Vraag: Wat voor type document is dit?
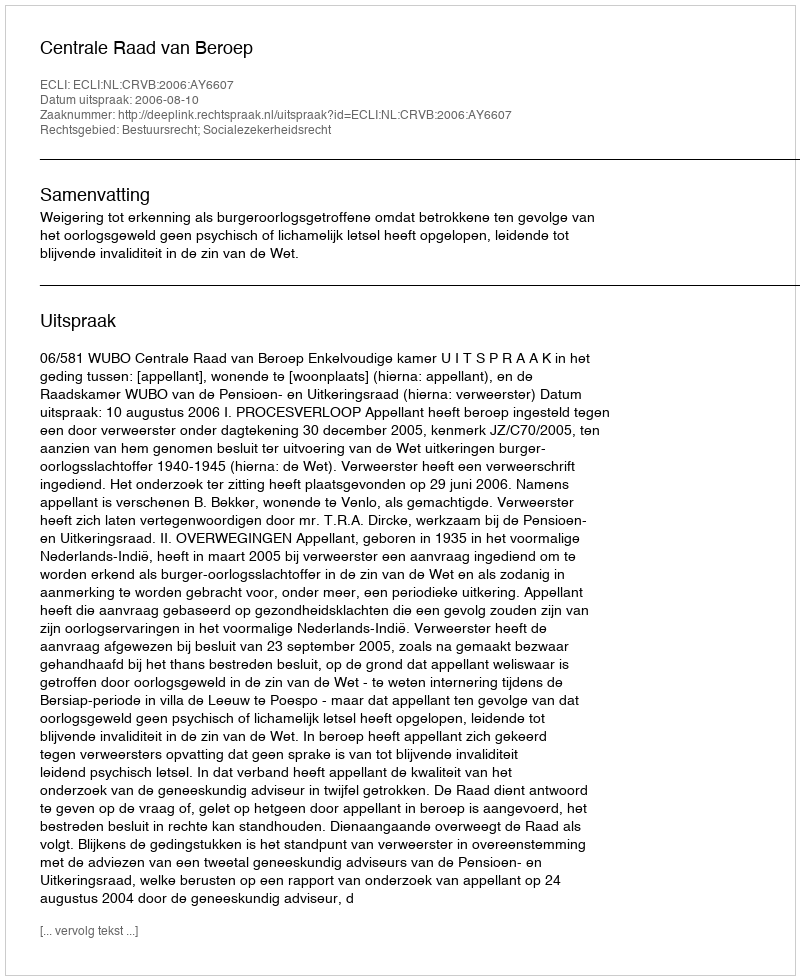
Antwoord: Uitspraak